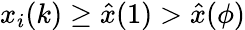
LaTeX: x_{i}(k)\geq\hat{x}(1)>\hat{x}(\phi)